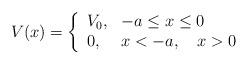
LaTeX: \begin{align*}V(x) = \left\{ \begin{array}{ll} V_0, & -a \le x \le 0 \\ 0, & x < -a,\quad x > 0 \\ \end{array} \right. \end{align*}